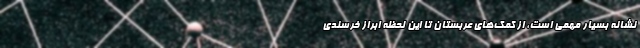
نشانه بسیار مهمی است، از کمک‌های عربستان تا این لحظه ابراز خرسندی